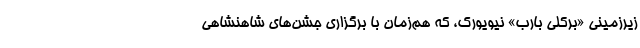
زیرزمینی «بِرکلی بارب» نیویورک، که هم‌زمان با برگزاری جشن‌های شاهنشاهی